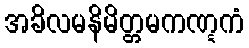
အခိလမနိမိတ္တမကဏ္ဋကံ